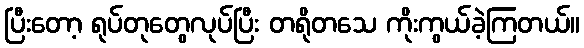
ပြီးတော့ ရုပ်တုတွေလုပ်ပြီး တရိုတသေ ကိုးကွယ်ခဲ့ကြတယ်။